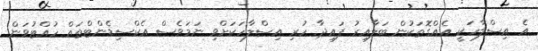
އެ އިސްލާހަކީ އެއްގޮތަކުން ބަލާއިރު ފައިދާ ހުރި އިސްލާހަކަށްވި ނަމަވެސް އެކްސިޑެންޓްތައް ހުއްޓުވަން